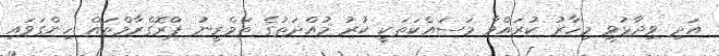
އަދި ވިދާޅުވީ މިހާރު ކުރައްވާ މަަސައްކަތަކީ ކުރު މުއްދަތުގެ ތަމްރީނު ޕްރޮގްރާމްތައް ހިންގަވައި